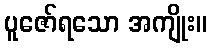
ပူဇော်ရသော အကျိုး။